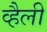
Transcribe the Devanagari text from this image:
व्हैली